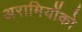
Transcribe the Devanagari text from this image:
अरामियोंको